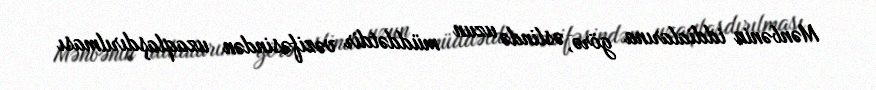
Mənbənin iddialarına görə, əslində uzun müddətdir vəzifəsindən uzaqlaşdırılması